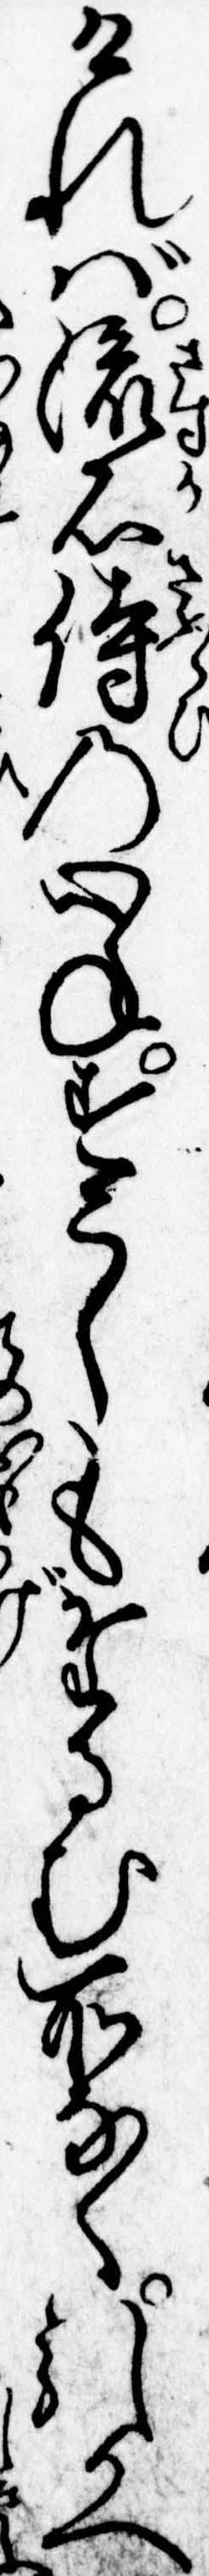
ければ流石侍の心ねすこしもたるむ所なく引かへ